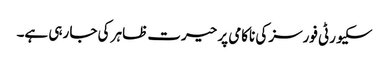
سکیورٹی فورسز کی ناکامی پر حیرت ظاہر کی جا رہی ہے۔